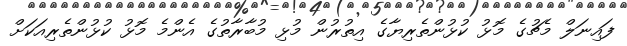
ފައިނަލް މެޗުގެ މޮޅު ކުޅުންތެރިޔާގެ އިތުރުން މުޅި މުބާރާތުގެ އެންމެ މޮޅު ކުޅުންތެރިއަކަށް